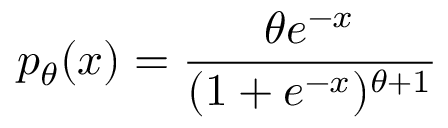
p _ { \theta } ( x ) = { \frac { \theta e ^ { - x } } { ( 1 + e ^ { - x } ) ^ { \theta + 1 } } }